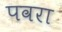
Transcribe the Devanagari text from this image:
पवरा